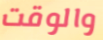
والوقت